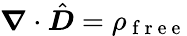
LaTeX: \boldsymbol\nabla\cdot\hat{\boldsymbol D}=\rho_{\mathrm{~f~r~e~e~}}